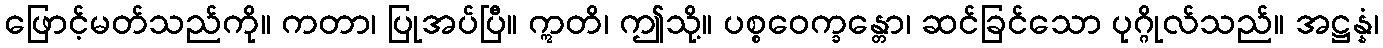
ဖြောင့်မတ်သည်ကို။ ကတာ၊ ပြုအပ်ပြီ။ ဣတိ၊ ဤသို့။ ပစ္စဝေက္ခန္တော၊ ဆင်ခြင်သော ပုဂ္ဂိုလ်သည်။ အဋ္ဌန္နံ၊